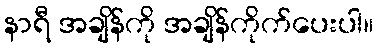
နာရီ အချိန်ကို အချိန်ကိုက်ပေးပါ။